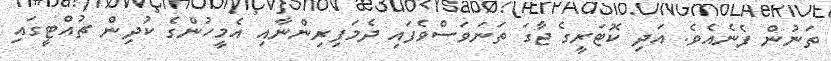
ތަނުން ފެނެއެވެ. އަދި ކޮޓަރީގެ ޖާގަ ތަނަވަސްވެފައި ދެމަފިރިންނާއި އެމީހުންގެ ކުދިން ޗުއްޓީގައި